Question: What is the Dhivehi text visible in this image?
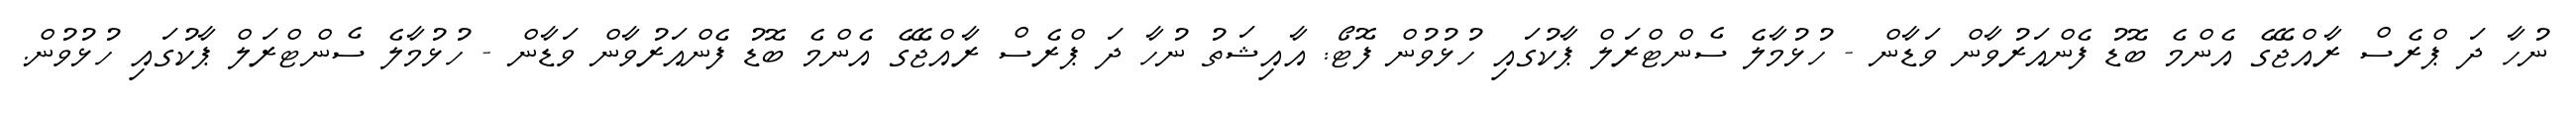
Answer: ނުހާ ދަ ޕްރެސް ރާއްޖޭގެ އެންމެ ބޮޑު ފެންއަރުވާން ވަޑާން - ހުޅުމާލެ ސެންޓްރަލް ޕާކުގައި ހުޅުވުން ފޮޓޯ: އާއިޝަތު ނުހާ ދަ ޕްރެސް ރާއްޖޭގެ އެންމެ ބޮޑު ފެންއަރުވާން ވަޑާން - ހުޅުމާލެ ސެންޓްރަލް ޕާކުގައި ހުޅުވުން.